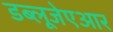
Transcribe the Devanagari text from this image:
डब्लूजेएआर